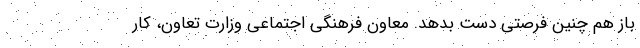
باز هم چنین فرصتی دست بدهد. معاون فرهنگی اجتماعی وزارت تعاون، کار